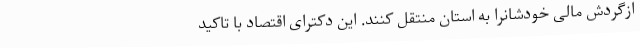
ازگردش مالی خودشانرا به استان منتقل کنند. این دکترای اقتصاد با تاکید